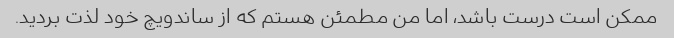
ممکن است درست باشد، اما من مطمئن هستم که از ساندویچ خود لذت بردید.